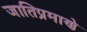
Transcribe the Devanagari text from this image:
जातिप्रमाणे